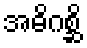
အဓိဂစ္ဆိ